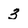
Character: 3